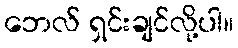
ဘေလ် ရှင်းချင်လို့ပါ။